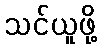
သင်ယူဖို့